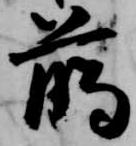
臈